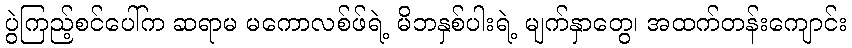
ပွဲကြည့်စင်ပေါ်က ဆရာမ မကောလစ်ဖ်ရဲ့ မိဘနှစ်ပါးရဲ့ မျက်နှာတွေ၊ အထက်တန်းကျောင်း